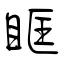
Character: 眶